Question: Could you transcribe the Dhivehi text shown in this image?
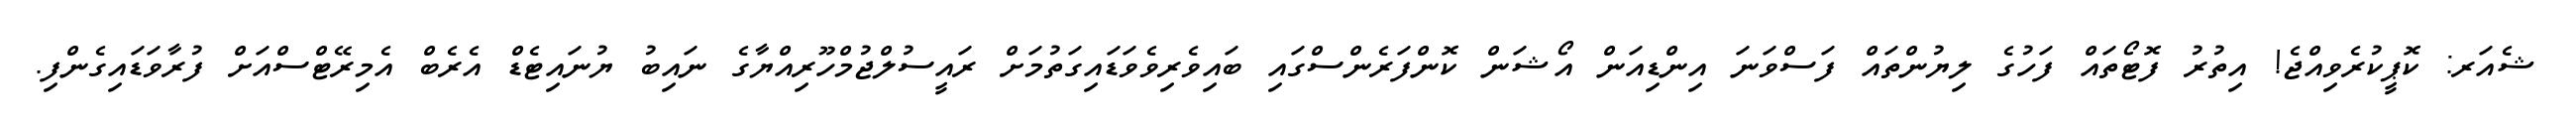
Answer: ޝެއަރ: ކޮޕީކުރެވިއްޖެ! އިތުރު ފޮޓޯތައް ފަހުގެ ލިޔުންތައް ފަސްވަނަ އިންޑިއަން އޯޝަން ކޮންފަރެންސްގައި ބައިވެރިވެވަޑައިގަތުމަށް ރައީސުލްޖުމްހޫރިއްޔާގެ ނައިބު ޔުނައިޓެޑް އެރެބް އެމިރޭޓްސްއަށް ފުރާވަޑައިގެންފި.